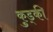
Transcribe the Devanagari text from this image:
कुड्की